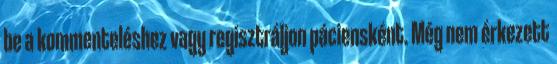
be a kommenteléshez vagy regisztráljon páciensként. Még nem érkezett